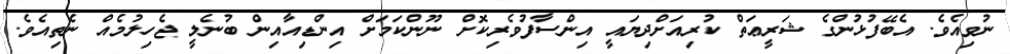
ނުވިއެވެ. އެބޭފުޅުންގެ ޝަރީޢަތް ކުރިއަށްދިޔައީ އިންސާފުވެރިކޮށް ނޫންކަމަށް އިންޑިއާއިން ބުނެލީ ޖެހިލުމެއް ނެތިއެވެ.